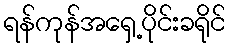
ရန်ကုန်အရှေ့ပိုင်းခရိုင်